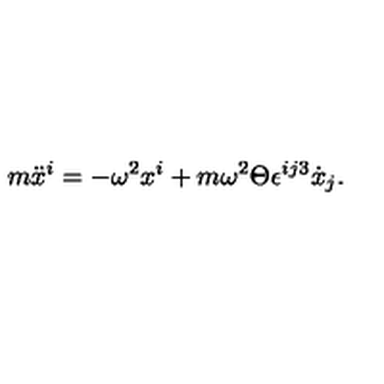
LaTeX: m \ddot { x } ^ { i } = - \omega ^ { 2 } x ^ { i } + m \omega ^ { 2 } \Theta \epsilon ^ { i j 3 } \dot { x } _ { j } .